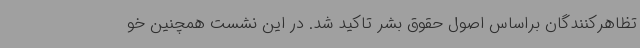
تظاهرکنندگان براساس اصول حقوق بشر تاکید شد. در این نشست همچنین خو